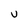
Character: v